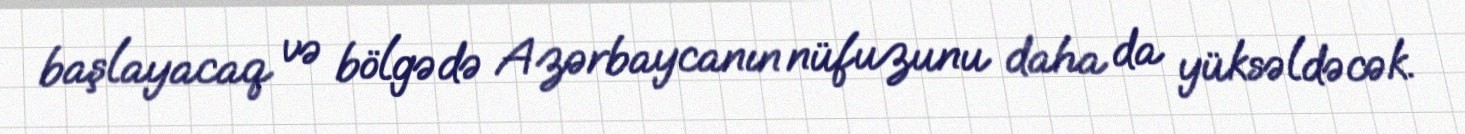
başlayacaq və bölgədə Azərbaycanın nüfuzunu daha da yüksəldəcək.